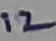
Text: 12